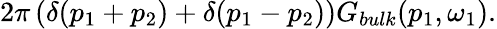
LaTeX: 2\pi\left(\delta(p_{1}+p_{2})+\delta(p_{1}-p_{2})\right)G_{bulk}(p_{1},\omega_{1}).